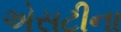
એસટીના